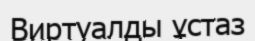
Виртуалды ұстаз